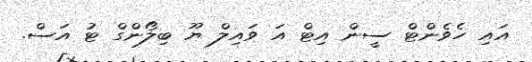
އައި ހެވެންޓް ސީން އިޓް އަ ވައިލް ޔޫ ބިލޯންގް ޓު އަސް.